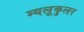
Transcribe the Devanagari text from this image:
म्यलूकुलर